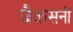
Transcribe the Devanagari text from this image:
जैकसनी